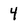
Character: 4